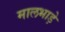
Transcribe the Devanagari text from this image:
मालभाड़े